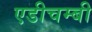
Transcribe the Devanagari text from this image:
एडीचम्बी